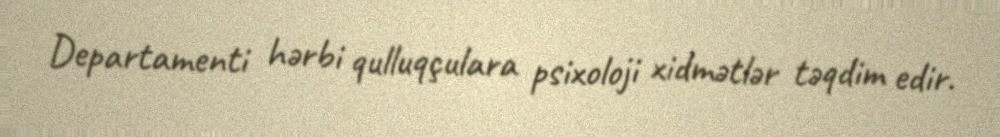
Departamenti hərbi qulluqçulara psixoloji xidmətlər təqdim edir.